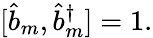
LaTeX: [\hat{b}_{m},\hat{b}_{m}^{\dagger}]=1.